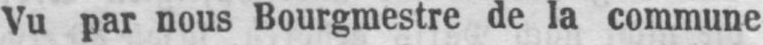
Vu par nous Bourgmestre de la commune